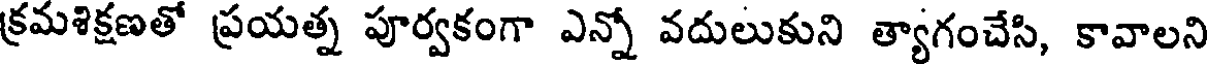
క్రమశిక్షణతో ప్రయత్న పూర్వకంగా ఎన్నో వదులుకుని త్యాగంచేసి, కావాలని